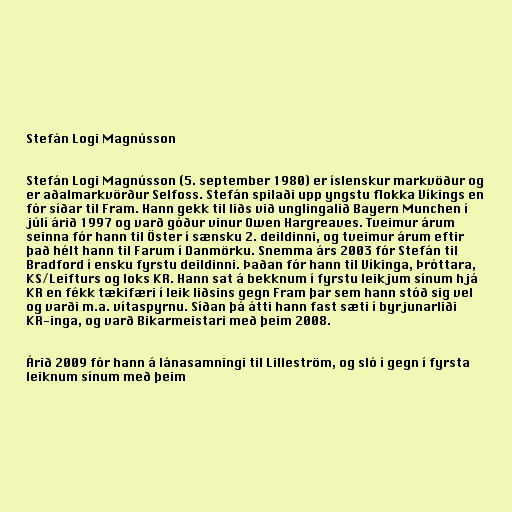
Stefán Logi Magnússon

Stefán Logi Magnússon (5. september 1980) er íslenskur markvöður og
er aðalmarkvörður Selfoss. Stefán spilaði upp yngstu flokka Víkings en
fór síðar til Fram. Hann gekk til liðs við unglingalið Bayern Munchen í
júlí árið 1997 og varð góður vinur Owen Hargreaves. Tveimur árum
seinna fór hann til Öster í sænsku 2. deildinni, og tveimur árum eftir
það hélt hann til Farum í Danmörku. Snemma árs 2003 fór Stefán til
Bradford í ensku fyrstu deildinni. Þaðan fór hann til Víkinga, Þróttara,
KS/Leifturs og loks KR. Hann sat á bekknum í fyrstu leikjum sínum hjá
KR en fékk tækifæri í leik liðsins gegn Fram þar sem hann stóð sig vel
og varði m.a. vítaspyrnu. Síðan þá átti hann fast sæti í byrjunarliði
KR-inga, og varð Bikarmeistari með þeim 2008.

Árið 2009 fór hann á lánasamningi til Lilleström, og sló í gegn í fyrsta
leiknum sínum með þeim